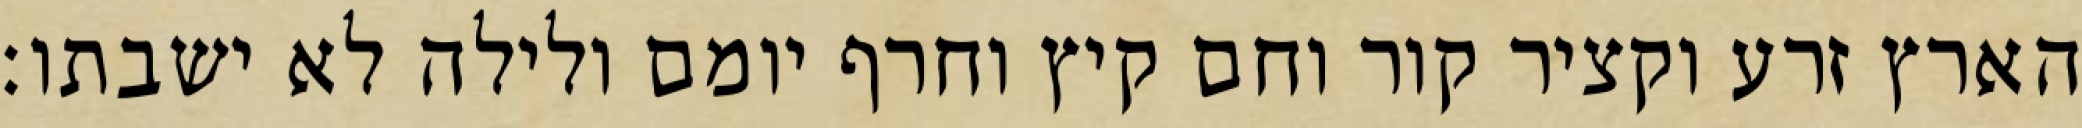
הארץ זרע וקציר קור וחם קיץ וחרף יומם ולילה לא ישבתו׃